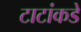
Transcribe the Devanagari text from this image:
टाटांकडे